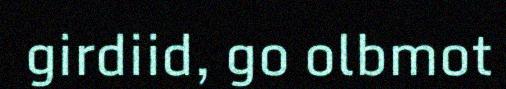
girdiid, go olbmot